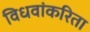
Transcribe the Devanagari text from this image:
विधवांकरिता